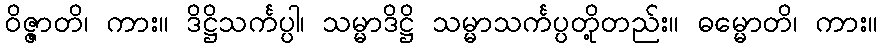
ဝိဇ္ဇာတိ၊ ကား။ ဒိဋ္ဌိသင်္ကပ္ပါ၊ သမ္မာဒိဋ္ဌိ သမ္မာသင်္ကပ္ပတို့တည်း။ ဓမ္မောတိ၊ ကား။